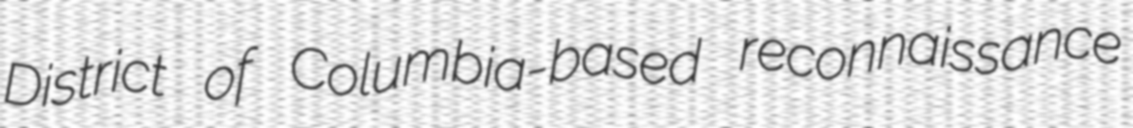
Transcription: District of Columbia-based reconnaissance